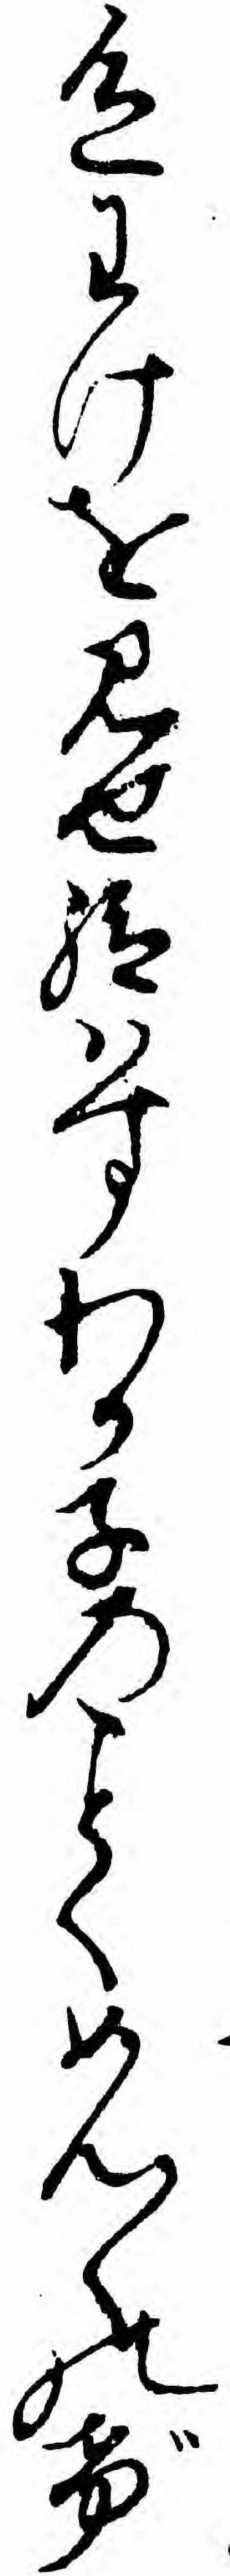
色わけを見せ給ハすわか子のくめん〱のげ